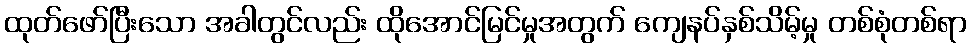
ထုတ်ဖော်ပြီးသော အခါတွင်လည်း ထိုအောင်မြင်မှုအတွက် ကျေနပ်နှစ်သိမ့်မှု တစ်စုံတစ်ရာ